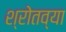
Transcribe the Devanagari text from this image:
श्रोतव्या